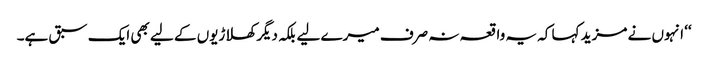
‘‘ انہوں نے مزید کہا کہ یہ واقعہ نہ صرف میرے لیے بلکہ دیگر کھلاڑیوں کے لیے بھی ایک سبق ہے۔